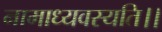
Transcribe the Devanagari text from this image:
नामाध्यवस्यति।।